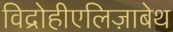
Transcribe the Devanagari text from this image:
विद्रोहीएलिज़ाबेथ